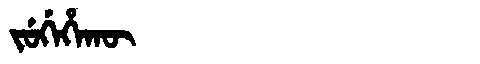
Manchu: ᠵᡠᡤᡝᡥᠠᡴᡡ
Romanization: JUGEHAKŪ